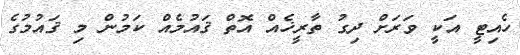
ހެއިޓީ އަކީ ވަރަށް ދިގު ތާރީޚެއް އޮތް ޤައުމެއް ކަމުން މި ޤައުމުގެ